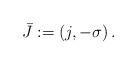
LaTeX: \begin{align*} \bar J:=(j,-\sigma)\, . \end{align*}